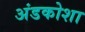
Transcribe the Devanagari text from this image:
अंडकोशा